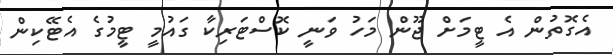
އެގޮތުން އެ ޓީމަށް ޖޫން މަހު ވަނީ ކޮސްޓަރިކާ ގައުމީ ޓީމުގެ އެޓޭކިން